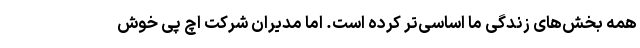
همه بخش‌های زندگی ما اساسی‌تر کرده است. اما مدیران شرکت اچ پی خوش